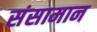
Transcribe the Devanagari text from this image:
संसामान